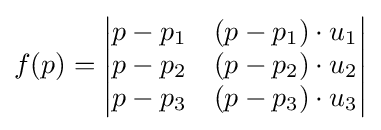
f(p)={\begin{vmatrix}p-p_{1}&(p-p_{1})\cdot u_{1}\\p-p_{2}&(p-p_{2})\cdot u_{2}\\p-p_{3}&(p-p_{3})\cdot u_{3}\end{vmatrix}}